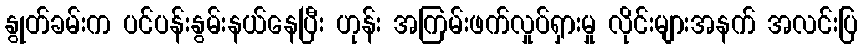
နွုတ်ခမ်းက ပင်ပန်းနွမ်းနယ်နေပြီး ဟုန်း အကြမ်းဖက်လှုပ်ရှားမှု လိုင်းများအနက် အလင်းပြ